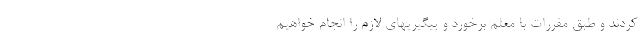
کردند و طبق مقررات با معلم برخورد و پیگیریهای لازم را انجام خواهیم